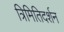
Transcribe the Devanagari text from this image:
त्रिमितिदर्शन